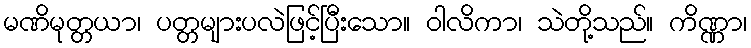
မဏိမုတ္တယာ၊ ပတ္တများပလဲဖြင့်ပြီးသော။ ဝါလိကာ၊ သဲတို့သည်။ ကိဏ္ဏာ၊